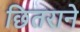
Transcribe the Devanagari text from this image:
छितराने